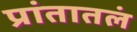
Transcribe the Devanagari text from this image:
प्रांतातलं